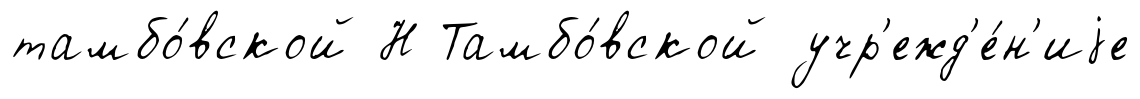
тамбо́вской Н Тамбо́вской учр'ежд'е́н'иjе